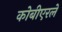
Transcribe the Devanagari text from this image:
कोबीएरले